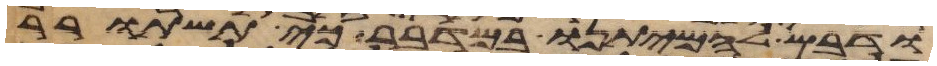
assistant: ודבש להמיתנו במדבר כי תשתרר